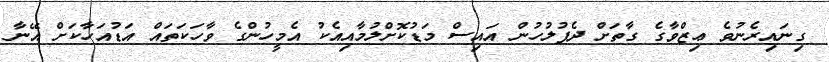
ގިނައިރެނުވެ ޢިޒްވާގެ ގާތަށް ދެފުލުހުން އައިސް މަޑުކޮށްލުމާއިއެކު އެމީހުންގެ ވާހަކަތައް އަޑުއަހާކަށް އޭނާ